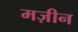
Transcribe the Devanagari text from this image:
मज़ीन